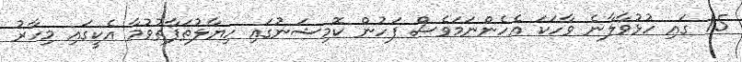
15 ގައި ހުޅުވާލާނެ ވާހަކަ އެހެންނަމަވެސް ފަހުން ކޮމިޝަނުގައި ހިޔާލުތަފާތުވުމާ އެކީގައި މިހާރު